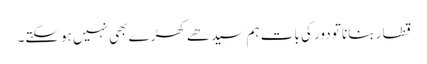
قطار بنانا تو دور کی بات ہم سیدھے کھڑے بھی نہیں ہوسکتے۔